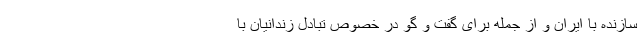
سازنده با ایران و از جمله برای گفت و گو در خصوص تبادل زندانیان با